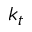
k _ { t }